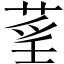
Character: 𦲻